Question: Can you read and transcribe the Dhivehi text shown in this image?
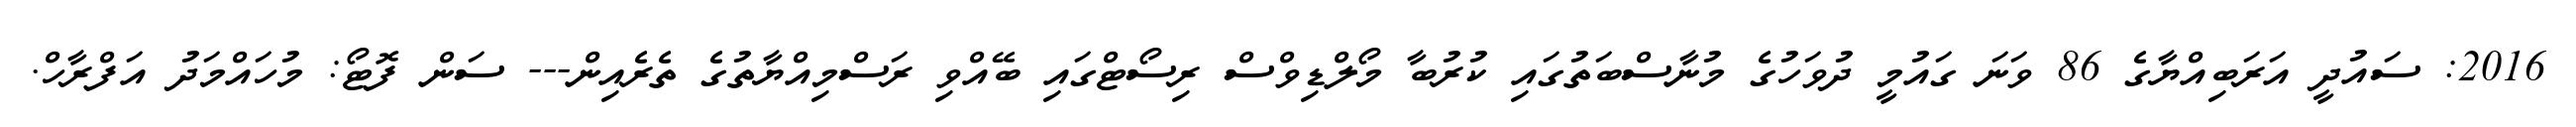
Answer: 2016: ސައުދީ އަރަބިއްޔާގެ 86 ވަނަ ގައުމީ ދުވަހުގެ މުނާސްބަތުގައި ކުރުބާ މޯލްޑިވްސް ރިސޯޓްގައި ބޭއްވި ރަސްމިއްޔާތުގެ ތެރެއިން--- ސަން ފޮޓޯ: މުހައްމަދު އަފްރާހް.